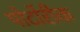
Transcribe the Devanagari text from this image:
पोर्टोरीक